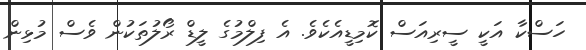
ހަސްކާ އަކީ ސީރިއަސް ކޮމިޑީއެކެވެ. އެ ފިލްމުގެ ލީޑް ރޯލުތަކުން ވެސް މުޅިން